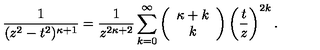
\frac { 1 } { ( z ^ { 2 } - t ^ { 2 } ) ^ { \kappa + 1 } } = \frac { 1 } { z ^ { 2 \kappa + 2 } } \sum _ { k = 0 } ^ { \infty } \left( \begin{array} { c } { \kappa + k } \\ { k } \\ \end{array} \right) \left( \frac { t } { z } \right) ^ { 2 k } .